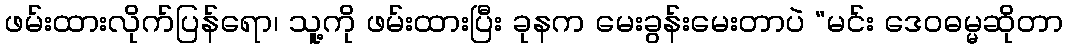
ဖမ်းထားလိုက်ပြန်ရော၊ သူ့ကို ဖမ်းထားပြီး ခုနက မေးခွန်းမေးတာပဲ “မင်း ဒေဝဓမ္မဆိုတာ